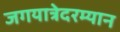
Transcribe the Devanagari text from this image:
जगयात्रेदरम्यान